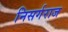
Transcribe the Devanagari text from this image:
निसर्गराज